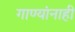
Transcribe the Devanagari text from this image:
गाण्यांनाही